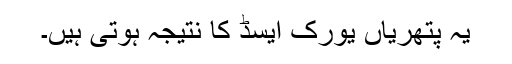
یہ پتھریاں یورک ایسڈ کا نتیجہ ہوتی ہیں۔